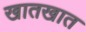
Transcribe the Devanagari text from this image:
खातखात